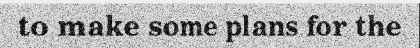
to make some plans for the